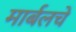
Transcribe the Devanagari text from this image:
मार्बलचे